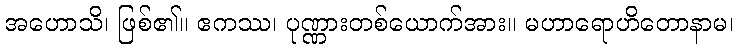
အဟောသိ၊ ဖြစ်၏။ ဧကဿ၊ ပုဏ္ဏားတစ်ယောက်အား။ မဟာရောဟိတောနာမ၊